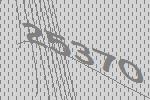
25370